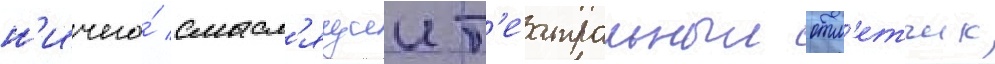
н'ичего́ смысл'ящии т'еатральныи отм'етчик